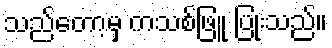
သည်တော့မှ ကသစ်ဖြူ ပြုံးသည်။